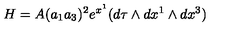
H = A ( a _ { 1 } a _ { 3 } ) ^ { 2 } e ^ { x ^ { 1 } } ( d \tau \wedge d x ^ { 1 } \wedge d x ^ { 3 } )